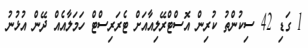
1 ގަޑި 42 ސިކުންތު ކުރިން އޮސްޓްރޭލިއާއަށް ޓެރަރިސްޓް ހަމަލާއެއް ދޭން އުޅުނު